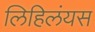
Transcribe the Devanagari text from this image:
लिहिलंयस